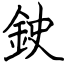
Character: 鉂